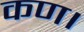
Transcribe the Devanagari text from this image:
कण।